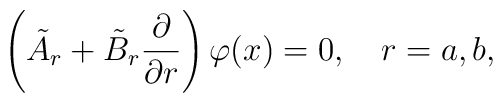
\left( \tilde{A}_{r}+\tilde{B}_{r}\frac{\partial }{\partial r}\right)\varphi (x)=0,\quad r=a,b,